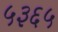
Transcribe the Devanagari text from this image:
५३६५